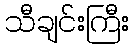
သီချင်းကြီး